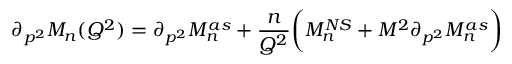
\partial _ { p ^ { 2 } } M _ { n } ( Q ^ { 2 } ) = \partial _ { p ^ { 2 } } M _ { n } ^ { a s } + \frac { n } { Q ^ { 2 } } \bigg ( M _ { n } ^ { N S } + M ^ { 2 } \partial _ { p ^ { 2 } } M _ { n } ^ { a s } \bigg )